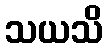
သယသိ